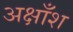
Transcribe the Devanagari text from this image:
अक्षाँश